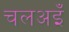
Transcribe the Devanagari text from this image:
चलअइँ